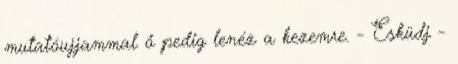
mutatóujjammal ő pedig lenéz a kezemre. - Esküdj -